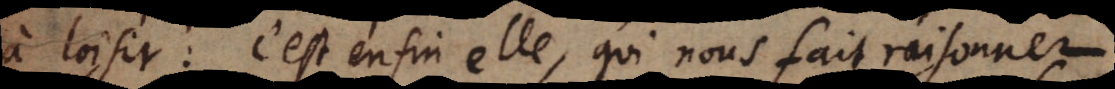
à loisir: c’est enfin elle, qui nous fait raisonner